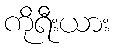
ကိုရီးယား